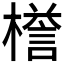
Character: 𣚞